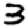
Digit: 3